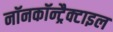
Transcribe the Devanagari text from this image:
नॉनकॉन्ट्रैक्टाइल